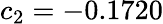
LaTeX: c_{2}=-0.1720